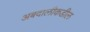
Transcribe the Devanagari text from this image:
अबदालीकडील